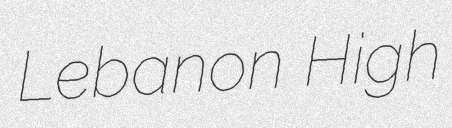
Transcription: Lebanon High